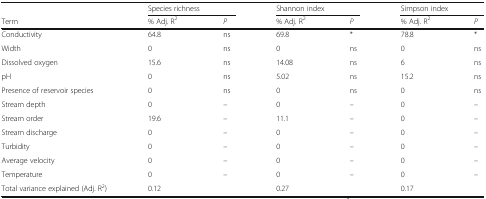
<table><thead><tr><td></td><td colspan="2"><b>Species richness</b></td><td colspan="2"><b>Shannon index</b></td><td colspan="2"><b>Simpson index</b></td></tr><tr><td><b>Term</b></td><td><b>% Adj. R<sup>2</sup></b></td><td><b><i>P</i></b></td><td><b>% Adj. R<sup>2</sup></b></td><td><b><i>P</i></b></td><td><b>% Adj. R<sup>2</sup></b></td><td><b><i>P</i></b></td></tr></thead><tbody><tr><td>Conductivity</td><td>64.8</td><td>ns</td><td>69.8</td><td>*</td><td>78.8</td><td>*</td></tr><tr><td>Width</td><td>0</td><td>ns</td><td>0</td><td>ns</td><td>0</td><td>ns</td></tr><tr><td>Dissolved oxygen</td><td>15.6</td><td>ns</td><td>14.08</td><td>ns</td><td>6</td><td>ns</td></tr><tr><td>pH</td><td>0</td><td>ns</td><td>5.02</td><td>ns</td><td>15.2</td><td>ns</td></tr><tr><td>Presence of reservoir species</td><td>0</td><td>ns</td><td>0</td><td>ns</td><td>0</td><td>ns</td></tr><tr><td>Stream depth</td><td>0</td><td>–</td><td>0</td><td>–</td><td>0</td><td>–</td></tr><tr><td>Stream order</td><td>19.6</td><td>–</td><td>11.1</td><td>–</td><td>0</td><td>–</td></tr><tr><td>Stream discharge</td><td>0</td><td>–</td><td>0</td><td>–</td><td>0</td><td>–</td></tr><tr><td>Turbidity</td><td>0</td><td>–</td><td>0</td><td>–</td><td>0</td><td>–</td></tr><tr><td>Average velocity</td><td>0</td><td>–</td><td>0</td><td>–</td><td>0</td><td>–</td></tr><tr><td>Temperature</td><td>0</td><td>–</td><td>0</td><td>–</td><td>0</td><td>–</td></tr><tr><td>Total variance explained (Adj. R<sup>2</sup>)</td><td>0.12</td><td></td><td>0.27</td><td></td><td>0.17</td><td></td></tr></tbody></table>